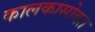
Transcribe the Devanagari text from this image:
कालकासोबत